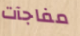
مفاجآت